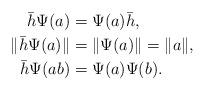
LaTeX: \begin{align*} \bar{h}\Psi(a)&=\Psi(a)\bar{h}, \\ \|\bar{h}\Psi(a)\|&=\|\Psi(a)\|=\|a\|,\ \\ \bar{h}\Psi(ab)&=\Psi(a)\Psi(b). \end{align*}